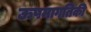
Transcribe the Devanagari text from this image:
ऊषमागतिकी